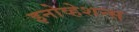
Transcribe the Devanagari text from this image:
इनोव्हेशन्स